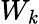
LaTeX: W_{\mathit{k}}